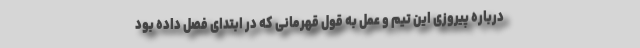
درباره پیروزی این تیم و عمل به قول قهرمانی که در ابتدای فصل داده بود